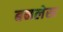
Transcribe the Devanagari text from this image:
बनलेख